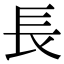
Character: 長